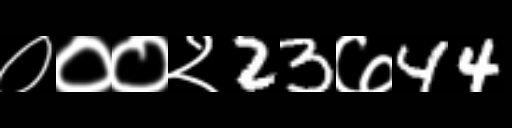
Text: ०००२23७44